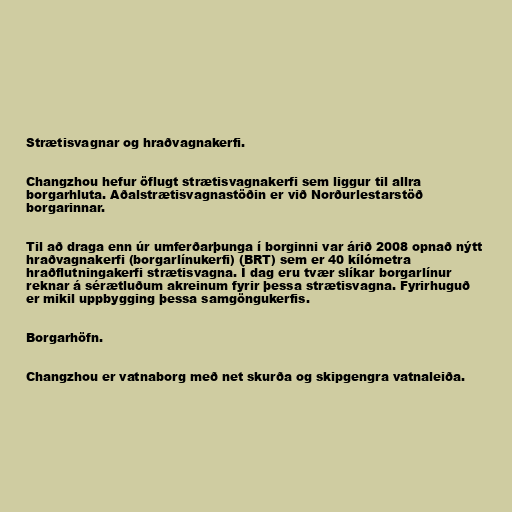
Strætisvagnar og hraðvagnakerfi.

Changzhou hefur öflugt strætisvagnakerfi sem liggur til allra
borgarhluta. Aðalstrætisvagnastöðin er við Norðurlestarstöð
borgarinnar.

Til að draga enn úr umferðarþunga í borginni var árið 2008 opnað nýtt
hraðvagnakerfi (borgarlínukerfi) (BRT) sem er 40 kílómetra
hraðflutningakerfi strætisvagna. Í dag eru tvær slíkar borgarlínur
reknar á sérætluðum akreinum fyrir þessa strætisvagna. Fyrirhuguð
er mikil uppbygging þessa samgöngukerfis.

Borgarhöfn.

Changzhou er vatnaborg með net skurða og skipgengra vatnaleiða.